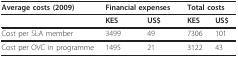
| Average costs (2009) | <COLSPAN=2> Financial expenses | <COLSPAN=2> Total costs |
 | --- | --- | --- | --- | --- |
 |  | KES | US$ | KES | US$ |
 | Cost per SLA member | 3499 | 49 | 7306 | 101 |
 | Cost per OVC in programme | 1495 | 21 | 3122 | 43 |